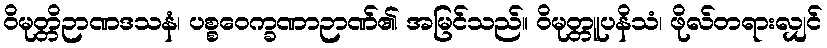
ဝိမုတ္တိဉာဏဒသနံ၊ ပစ္စဝေက္ခဏာဉာဏ်၏ အမြင်သည်။ ဝိမုတ္တူပနိသံ၊ ဖိုလ်တရားလျှင်